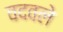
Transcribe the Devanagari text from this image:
वदवले